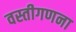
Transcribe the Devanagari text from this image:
वस्तीगणना